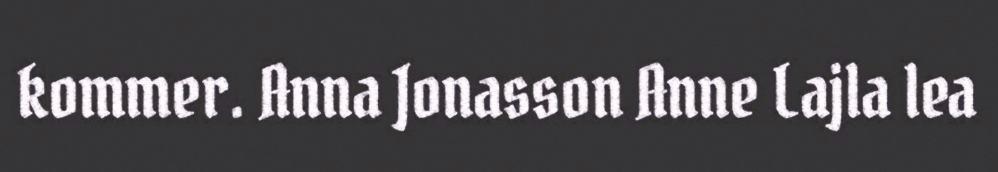
kommer. Anna Jonasson Anne Lajla lea